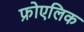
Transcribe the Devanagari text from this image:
फ्रोएलिक